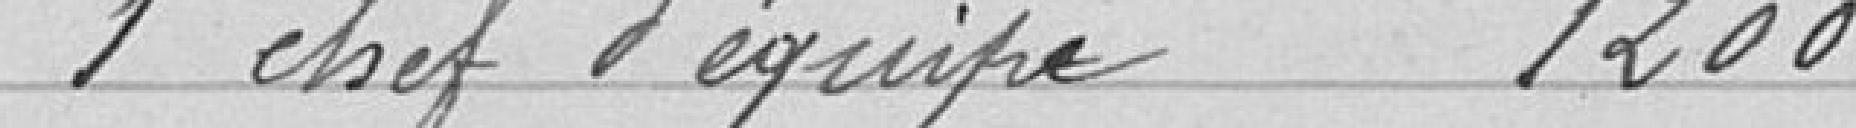
1 chef d'équipe 1200